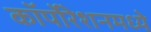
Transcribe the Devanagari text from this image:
कॉर्पोरेशनमध्ये